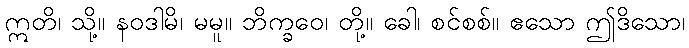
ဣတိ၊ သို့။ နဝဒါမိ၊ မမူ။ ဘိက္ခဝေ၊ တို့။ ခေါ၊ စင်စစ်။ ဧသော ဤဒိသော၊